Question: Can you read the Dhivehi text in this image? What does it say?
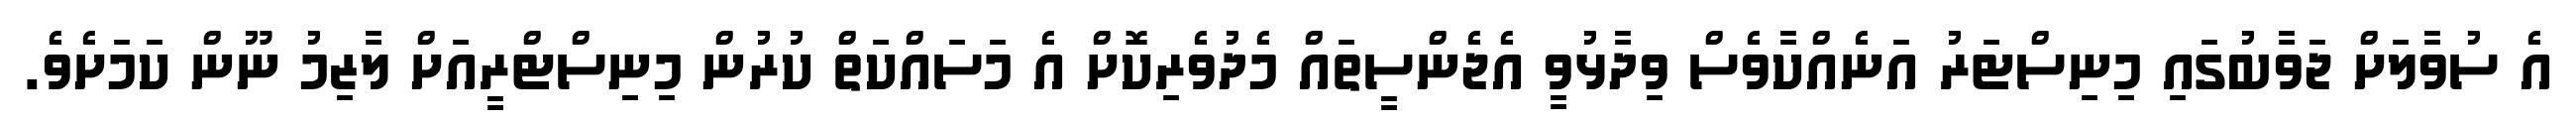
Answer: އެ ސުވާލަށް ޖަވާބުގައި މިނިސްޓަރު އަނެއްކާވެސް ވިދާޅުވީ އެޖެންސީތައް މެދުވެރިކޮށް އެ މަސައްކަތް ކުރުން މިނިސްޓްރީއަށް ލާޒިމު ނޫން ކަމަށެވެ.